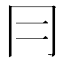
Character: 冃